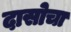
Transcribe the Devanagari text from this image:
दासोचा